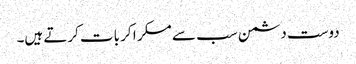
دوست دشمن سب سے مسکر ا کر بات کرتے ہیں۔